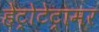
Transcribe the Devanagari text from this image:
हेट्रोटेट्रामर